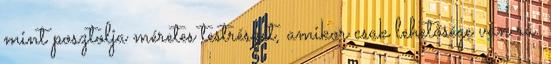
mint posztolja méretes testrészét, amikor csak lehetősége van rá.